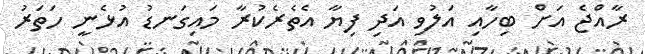
ރާއްޖެ އަށް ބިހާއި އަލުވި އަދި ފިޔާ އެތެރެކުރާ މައިގަނޑު އުޅެނީ ހަތަރު